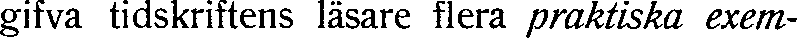
gifva tidskriftens läsare flera praktiska exem-